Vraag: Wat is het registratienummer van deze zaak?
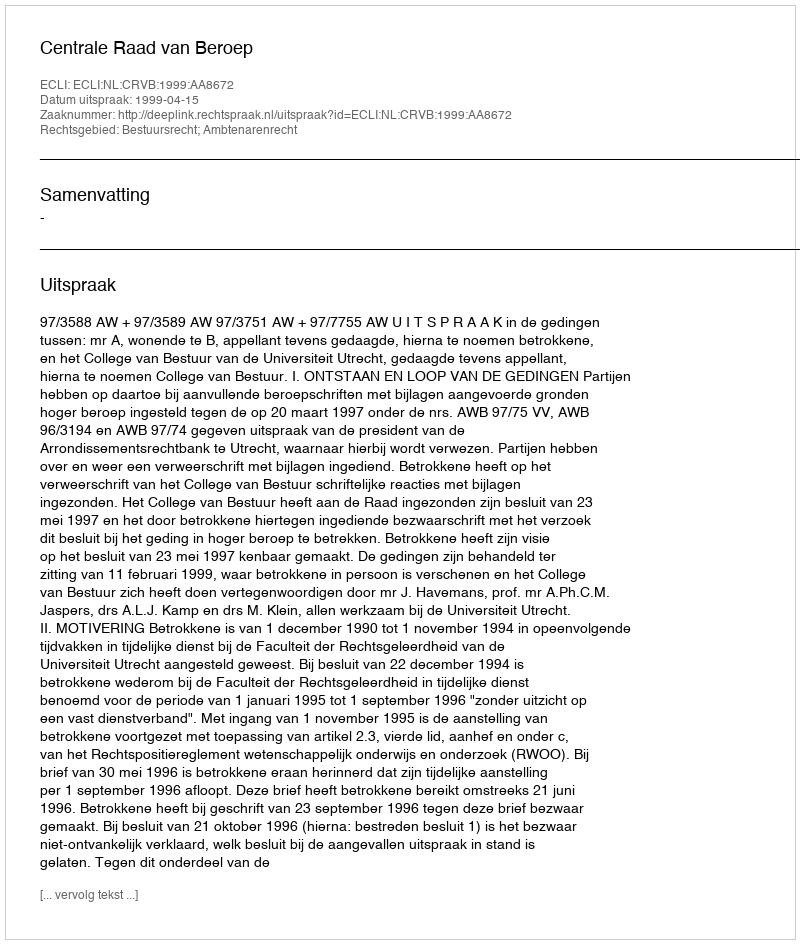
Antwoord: http://deeplink.rechtspraak.nl/uitspraak?id=ECLI:NL:CRVB:1999:AA8672